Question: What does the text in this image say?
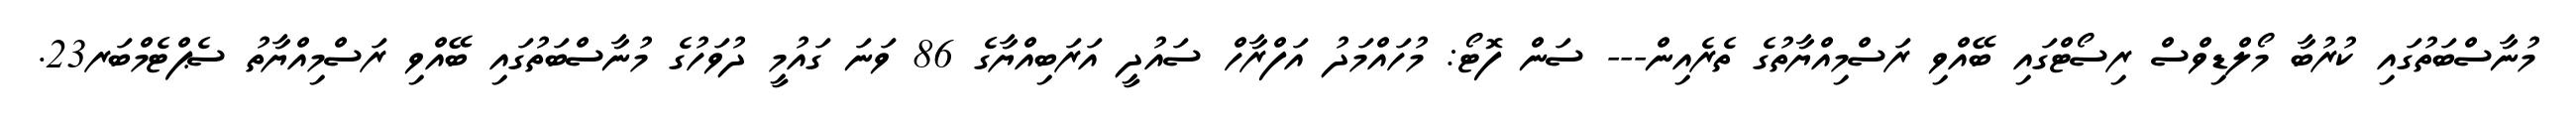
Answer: މުނާސްބަތުގައި ކުރުބާ މޯލްޑިވްސް ރިސޯޓްގައި ބޭއްވި ރަސްމިއްޔާތުގެ ތެރެއިން--- ސަން ފޮޓޯ: މުހައްމަދު އަފްރާހް ސައުދީ އަރަބިއްޔާގެ 86 ވަނަ ގައުމީ ދުވަހުގެ މުނާސްބަތުގައި ބޭއްވި ރަސްމިއްޔާތު ސެޕްޓެމްބަރ23.